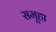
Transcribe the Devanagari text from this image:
समूहा